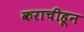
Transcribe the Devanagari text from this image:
कराचीहून